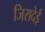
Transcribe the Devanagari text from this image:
जिरादेई